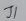
Text: J1